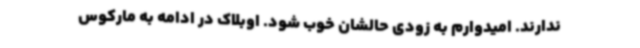
ندارند. امیدوارم به زودی حالشان خوب شود. اوبلاک در ادامه به مارکوس